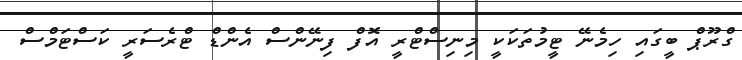
ގްރޫޕް ބީގައި ހިމެނޭ ޓީމުތަކަކީ މިނިސްޓްރީ އޮފް ފިނޭންސް އެންޑް ޓްރެސަރީ ކަސްޓަމްސް